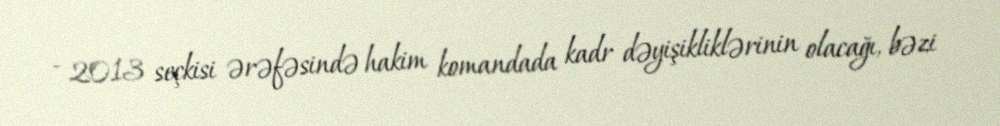
- 2013 seçkisi ərəfəsində hakim komandada kadr dəyişikliklərinin olacağı, bəzi